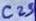
Text: C23